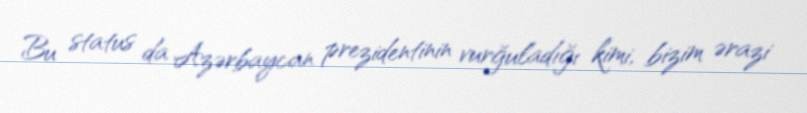
Bu status da Azərbaycan prezidentinin vurğuladığı kimi, bizim ərazi